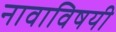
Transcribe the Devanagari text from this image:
नावाविषयी